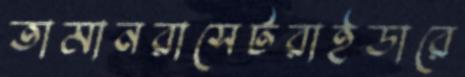
তামানরাসেটরাইডারে